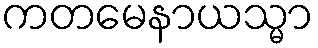
ကတမေနာယသ္မာ